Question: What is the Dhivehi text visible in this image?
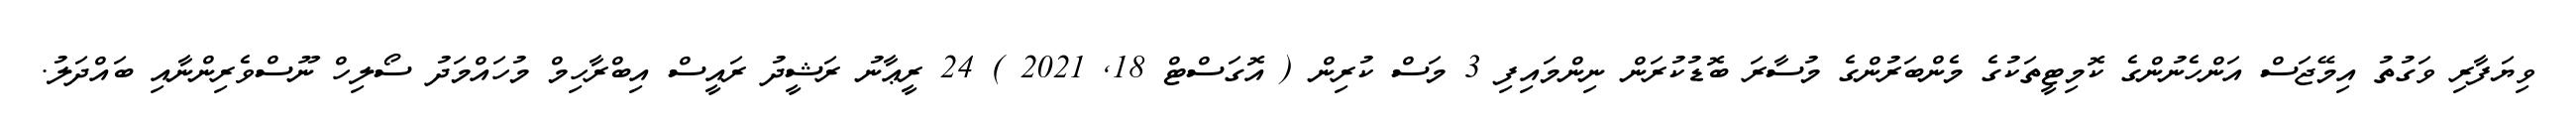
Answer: ވިޔަފާރި ވަގުތު އިމޭޖަސް އަންހެނުންގެ ކޮމިޓީތަކުގެ މެންބަރުންގެ މުސާރަ ބޮޑުކުރަން ނިންމައިފި 3 މަސް ކުރިން ( އޮގަސްޓް 18, 2021 ) 24 ރީޢާނު ރަޝީދު ރައީސް އިބްރާހިމް މުހައްމަދު ސޯލިހް ނޫސްވެރިންނާއި ބައްދަލު.